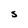
Character: S